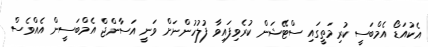
އެކުއަޑޯ އެމްބަސީ ކުރިމަތީގައި ސްޓޭޝަން ކުރެވިފައިވާ ފުލުހުންނަށް ވަނީ އަސާންޖް އެމްބަސީން އެއްވެސް